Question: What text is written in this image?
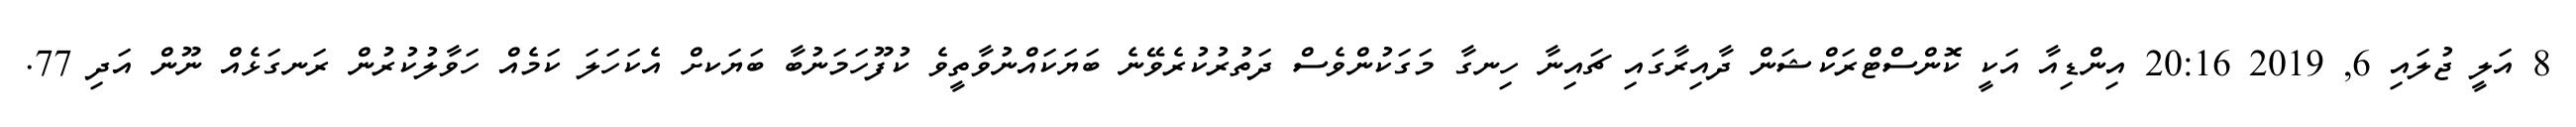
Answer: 8 އަލީ ޖުލައި 6, 2019 20:16 އިންޑިއާ އަކީ ކޮންސްޓްރަކްޝަން ދާއިރާގައި ޗައިނާ ހިނގާ މަގަކުންވެސް ދަތުރުކުރެވޭނެ ބަޔަކައްނުވާތީވެ ކުފޫހަމަނުބާ ބަޔަކށް އެކަހަލަ ކަމެއް ހަވާލުކުރުން ރަނގަޅެއް ނޫން އަދި 77.